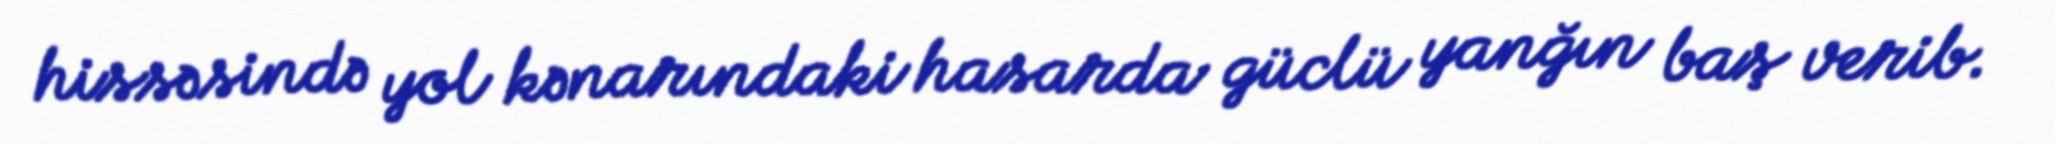
hissəsində yol kənarındaki hasarda güclü yanğın baş verib.